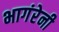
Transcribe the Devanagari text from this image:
भागंरेनी